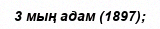
3 мың адам (1897);